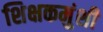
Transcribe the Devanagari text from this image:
शिक्षकमुंशी